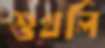
শুখলি